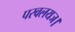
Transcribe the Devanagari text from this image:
परवलयज।